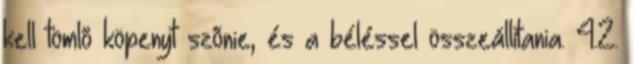
kell tömlõ köpenyt szõnie, és a béléssel összeállítania. 4.2.